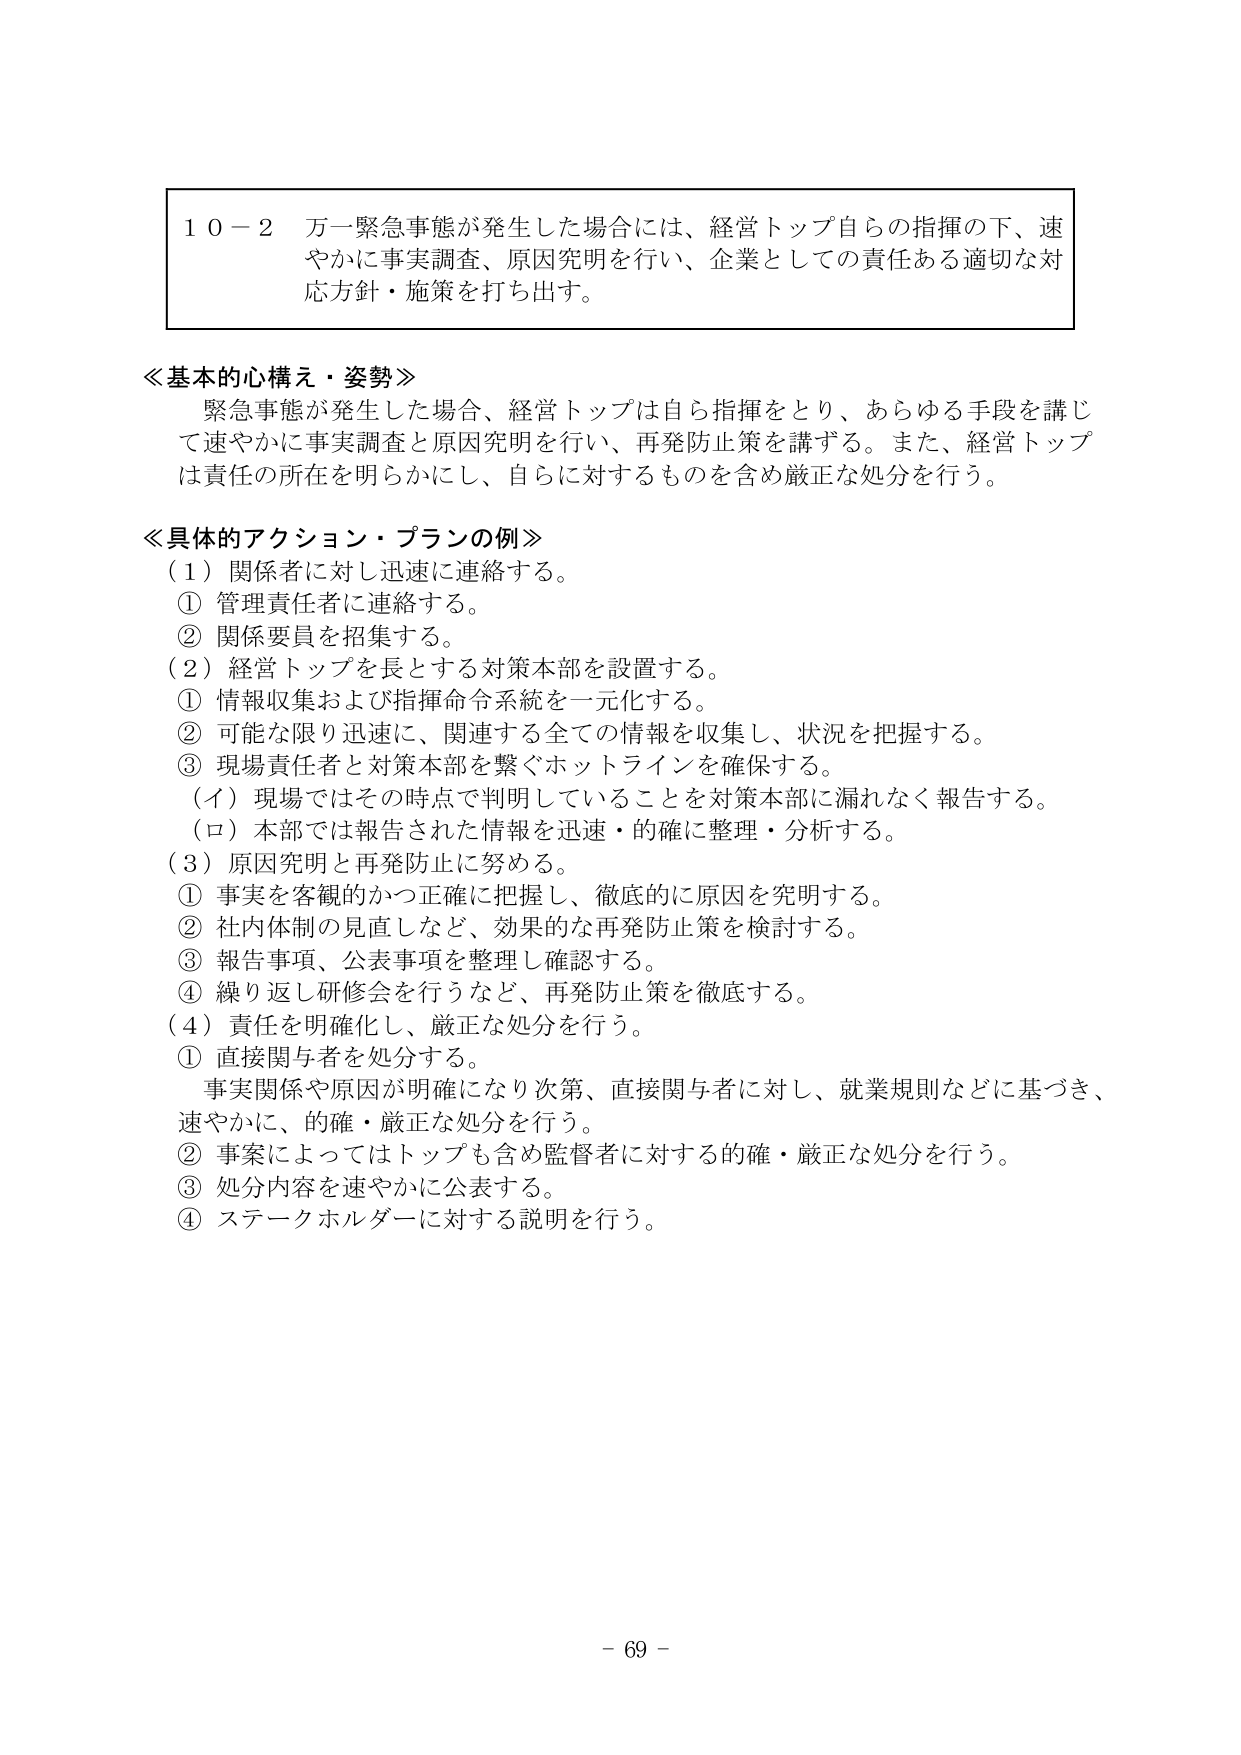
１０－２ 万一緊急事態が発生した場合には、経営トップ自らの指揮の下、速やかに事実調査、原因究明を行い、企業としての責任ある適切な対応方針・施策を打ち出す。

≪基本的心構え・姿勢≫
緊急事態が発生した場合、経営トップは自ら指揮をとり、あらゆる手段を講じて速やかに事実調査と原因究明を行い、再発防止策を講ずる。また、経営トップは責任の所在を明らかにし、自らに対するものを含め厳正な処分を行う。

≪具体的アクション・プランの例≫
（１）関係者に対し迅速に連絡する。
① 管理責任者に連絡する。
② 関係要員を招集する。
（２）経営トップを長とする対策本部を設置する。
① 情報収集および指揮命令系統を一元化する。
② 可能な限り迅速に、関連する全ての情報を収集し、状況を把握する。
③ 現場責任者と対策本部を繋ぐホットラインを確保する。
（イ）現場ではその時点で判明していることを対策本部に漏れなく報告する。
（ロ）本部では報告された情報を迅速・的確に整理・分析する。
（３）原因究明と再発防止に努める。
① 事実を客観的かつ正確に把握し、徹底的に原因を究明する。
② 社内体制の見直しなど、効果的な再発防止策を検討する。
③ 報告事項、公表事項を整理し確認する。
④ 繰り返し研修会を行うなど、再発防止策を徹底する。
（４）責任を明確化し、厳正な処分を行う。
① 直接関与者を処分する。
　事実関係や原因が明確になり次第、直接関与者に対し、就業規則などに基づき、速やかに、的確・厳正な処分を行う。
② 事案によってはトップも含め監督者に対する的確・厳正な処分を行う。
③ 処分内容を速やかに公表する。
④ ステークホルダーに対する説明を行う。

－ 69 －